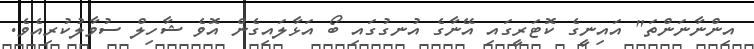
އިންނާނަންތަ" އައިނީގެ ކޮޓަރީގައި އޭނާގެ އުނގުގައި ބޯ އަޅާލައިގެން އޮވެ ޝާހިލް ސުވާލުކުރިއެވެ.